Annual report of the Prince of Wales Medical College, Patna
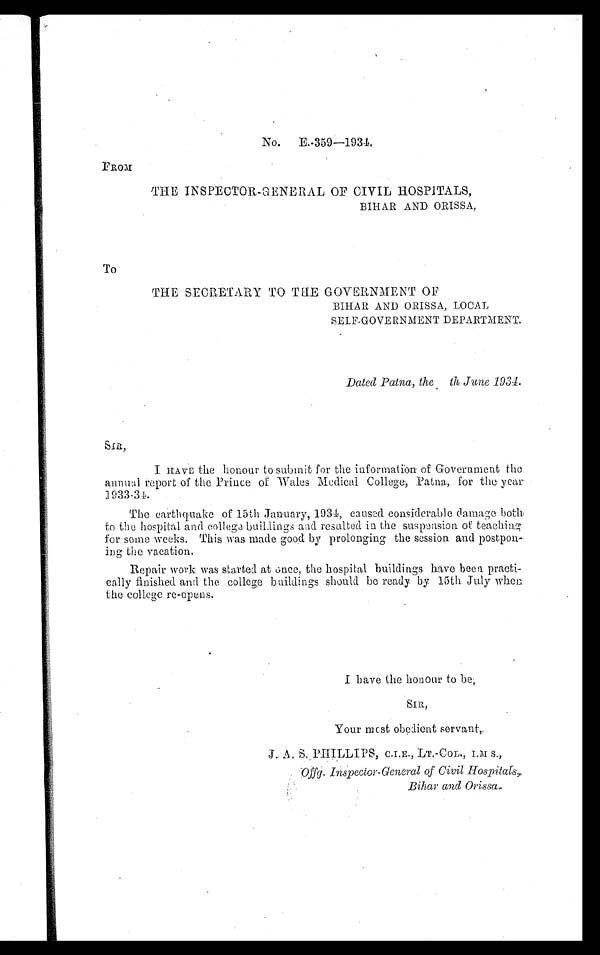
No. E.-359—1934.
FROM
THE INSPECTOR-GENERAL OF CIVIL HOSPITALS,
BIHAR AND ORISSA,
To
THE SECRETARY TO THE GOVERNMENT OF
BIHAR AND ORISSA, LOCAL
SELF-GOVERNMENT DEPARTMENT.
Dated Patna, the th June 1934.
S I R ,
I HAVE the honour to submit for the information of Government the
annual report of the Prince of Wales Medical College, Patna, for the year
1933-34.
The earthquake of 15th January, 1934, caused considerable damage both
t o t he hospi t al and col l ege bui l di ngs and r esul t ed i n t he suspensi on of t eachi ng
for some weeks. This was made good by prolonging the session and postpon--
i ng, t he va c a t i on.
Repair work was started at once, the hospital buildings have been practi
- c a l l y f i n i s h e d a n d t h e c o l l e g e b u i l d i n g s s h o u l d b e r e a d y b y 1 5 t h J u l y w h e n
the college re-opens.
I have the honour to be;
SIR,
Your most obedient servant,.
J. A.S. PHILLIPS, C.I.E., LT.-COL., I.M. S.,
'Offg. Inspector-General of Civil Hospitals,
Bihar and Orissa.